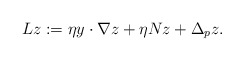
\begin{align*}Lz:=\eta y\cdot\nabla z+\eta Nz+\Delta_p z.\end{align*}